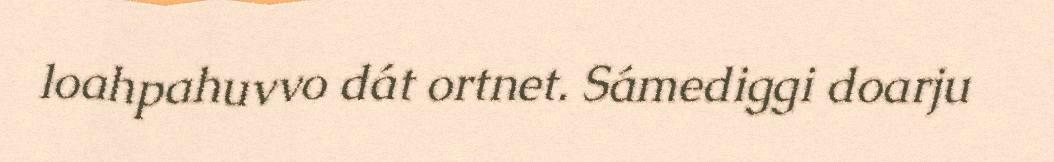
loahpahuvvo dát ortnet. Sámediggi doarju